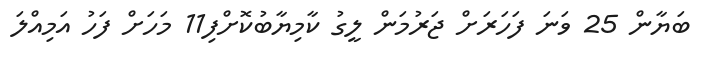
ބަޔާން 25 ވަނަ ފަހަރަށް ޖަރުމަން ލީގު ކާމިޔާބުކޮށްފި11 މަހަށް ފަހު އަމިއްލަ